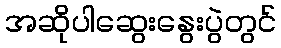
အဆိုပါဆွေးနွေးပွဲတွင်